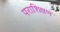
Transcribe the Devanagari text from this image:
पराशिक्षण